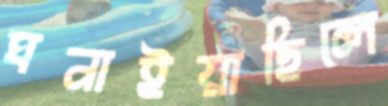
ঘনাইয়াছিলে